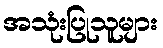
အသုံးပြုသူများ